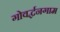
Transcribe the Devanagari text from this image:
गोवर्द्धनगाम